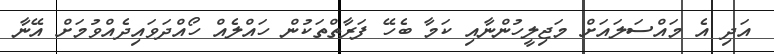
އަދި އެ މައްސަލައަށް މަޖިލީހުންނާއި ކަމާ ބެހޭ ފަރާތްތަކުން ހައްލެއް ހޯއްދަވައިދެއްވުމަށް އޭނާ